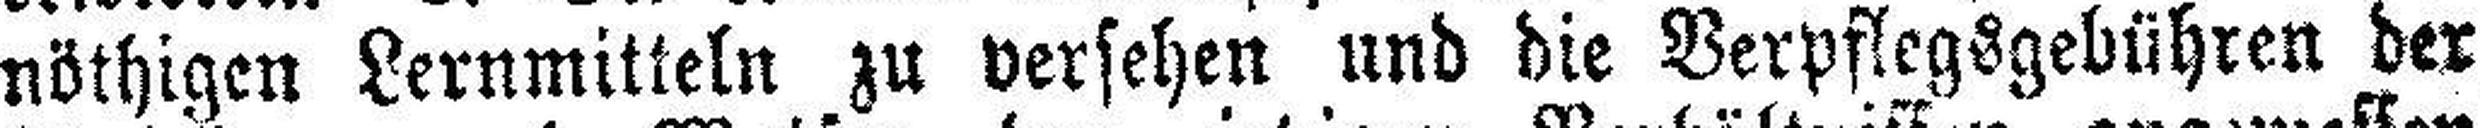
nöthigen Lernmitteln zu versehen und die Verpflegsgebühren der